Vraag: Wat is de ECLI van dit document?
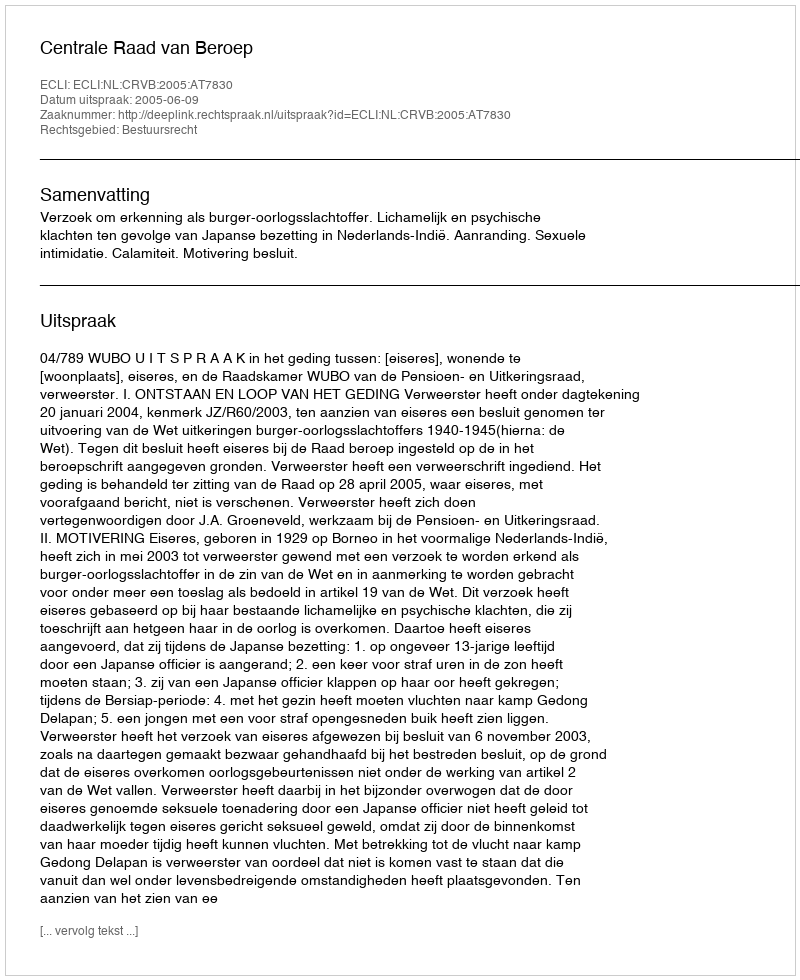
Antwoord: ECLI:NL:CRVB:2005:AT7830